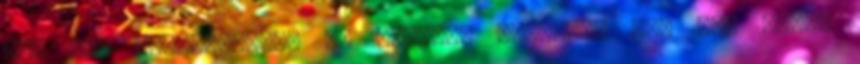
egy kis rozmaringgal és cayenne borssal, ami egy picit